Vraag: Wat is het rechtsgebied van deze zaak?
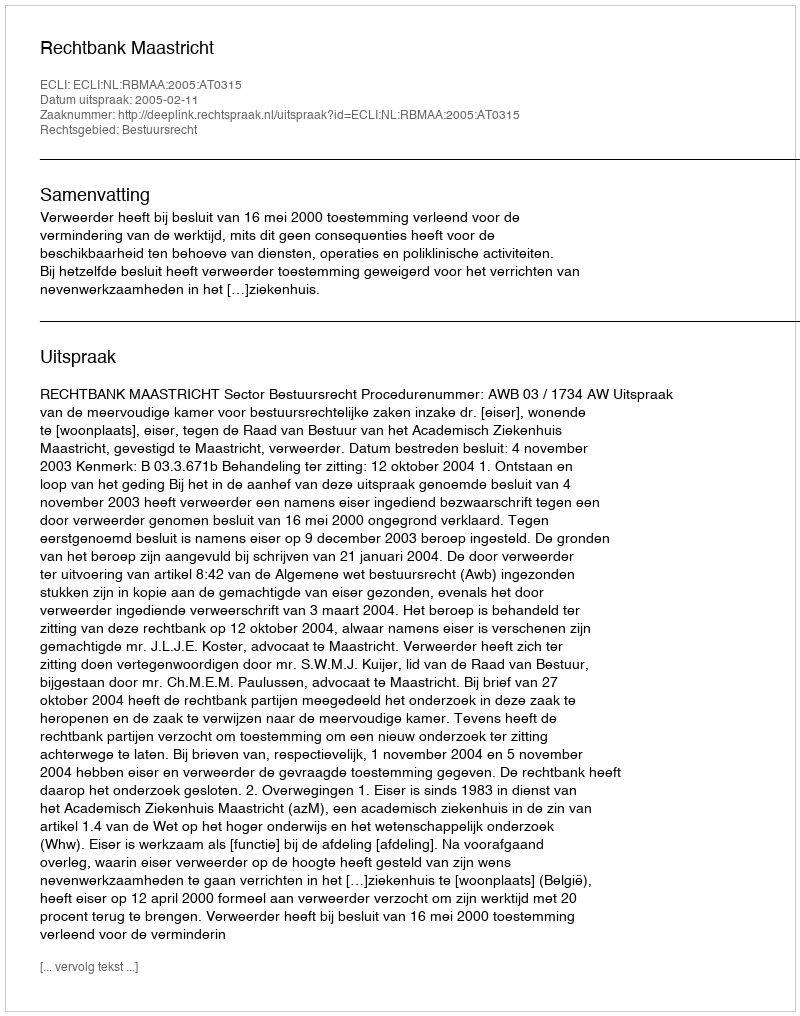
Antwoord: Bestuursrecht